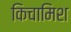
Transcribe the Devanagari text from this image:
किचामिश